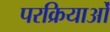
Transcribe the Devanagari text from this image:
परक्रियाओं